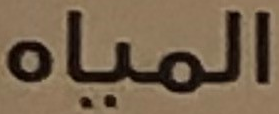
المياه